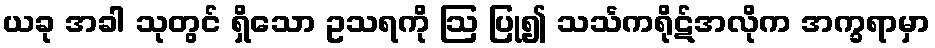
ယခု အခါ သုတွင် ရှိသော ဥသရကို ဩ ပြု၍ သင်္သကရိုဋ်အလိုက အက္ခရာမှာ